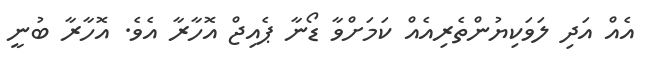
އެއް އަދި ލަވަކިޔުންތެރިއެއް ކަމަށްވާ ޑޯނާ ޕެއިޖް އޮހާރާ އެވެ. އޮހާރާ ބުނީ